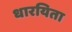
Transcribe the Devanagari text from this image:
धारयिता